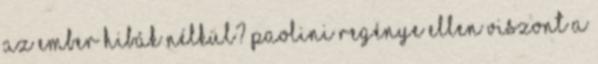
az ember hibák nélkül? Paolini regénye ellen viszont a